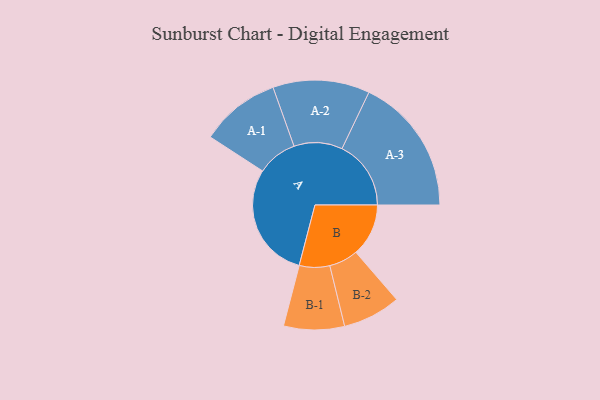
{"axis": {"x": "Segment", "y": "Value"}, "legend": ["", "A", "B"], "data": [{"x": "A", "y": 496, "type": ""}, {"x": "B", "y": 225, "type": ""}, {"x": "A-1", "y": 171, "type": "A"}, {"x": "A-2", "y": 207, "type": "A"}, {"x": "A-3", "y": 295, "type": "A"}, {"x": "B-1", "y": 130, "type": "B"}, {"x": "B-2", "y": 124, "type": "B"}]}